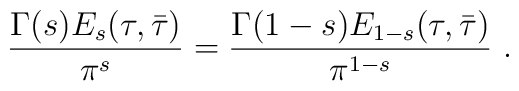
\frac{\Gamma(s) E_s(\tau,\bar\tau)}{\pi ^s}=\frac{\Gamma(1-s) E_{1-s}(\tau,\bar\tau)}{\pi ^{1-s}}\ .